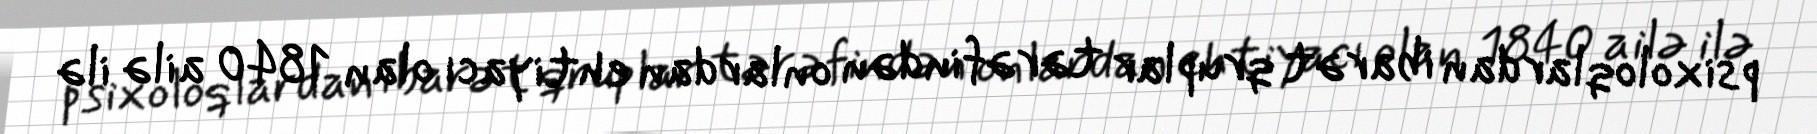
psixoloqlardan ibarət qruplar tərəfindən onlardan ehtiyacı olan 1840 ailə ilə